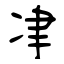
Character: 冿